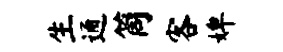
生通筒客婢